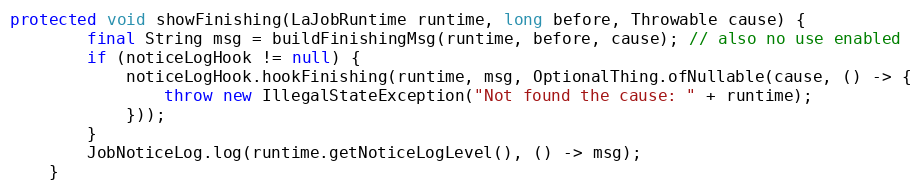
Language: Java
protected void showFinishing(LaJobRuntime runtime, long before, Throwable cause) {
        final String msg = buildFinishingMsg(runtime, before, cause); // also no use enabled
        if (noticeLogHook != null) {
            noticeLogHook.hookFinishing(runtime, msg, OptionalThing.ofNullable(cause, () -> {
                throw new IllegalStateException("Not found the cause: " + runtime);
            }));
        }
        JobNoticeLog.log(runtime.getNoticeLogLevel(), () -> msg);
    }